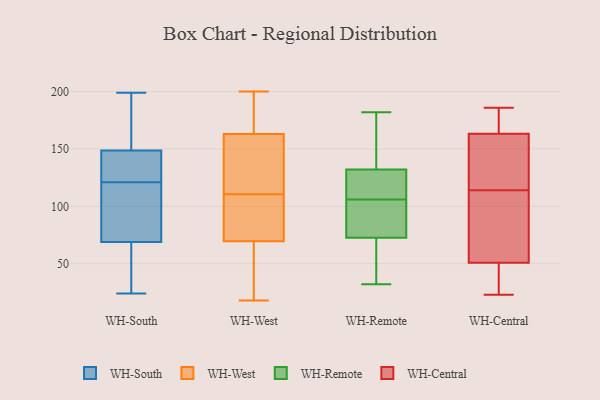
{"axis": {"x": "Demand Index", "y": "Value"}, "legend": ["WH-Central", "WH-Remote", "WH-South", "WH-West"], "data": [{"x": "", "y": 140, "type": "WH-South"}, {"x": "", "y": 99, "type": "WH-South"}, {"x": "", "y": 76, "type": "WH-South"}, {"x": "", "y": 24, "type": "WH-South"}, {"x": "", "y": 48, "type": "WH-South"}, {"x": "", "y": 163, "type": "WH-South"}, {"x": "", "y": 144, "type": "WH-South"}, {"x": "", "y": 87, "type": "WH-South"}, {"x": "", "y": 140, "type": "WH-South"}, {"x": "", "y": 121, "type": "WH-South"}, {"x": "", "y": 199, "type": "WH-South"}, {"x": "", "y": 183, "type": "WH-South"}, {"x": "", "y": 27, "type": "WH-South"}, {"x": "", "y": 189, "type": "WH-West"}, {"x": "", "y": 131, "type": "WH-West"}, {"x": "", "y": 86, "type": "WH-West"}, {"x": "", "y": 75, "type": "WH-West"}, {"x": "", "y": 181, "type": "WH-West"}, {"x": "", "y": 199, "type": "WH-West"}, {"x": "", "y": 64, "type": "WH-West"}, {"x": "", "y": 121, "type": "WH-West"}, {"x": "", "y": 104, "type": "WH-West"}, {"x": "", "y": 164, "type": "WH-West"}, {"x": "", "y": 102, "type": "WH-West"}, {"x": "", "y": 200, "type": "WH-West"}, {"x": "", "y": 117, "type": "WH-West"}, {"x": "", "y": 52, "type": "WH-West"}, {"x": "", "y": 158, "type": "WH-West"}, {"x": "", "y": 36, "type": "WH-West"}, {"x": "", "y": 162, "type": "WH-West"}, {"x": "", "y": 94, "type": "WH-West"}, {"x": "", "y": 18, "type": "WH-West"}, {"x": "", "y": 44, "type": "WH-West"}, {"x": "", "y": 55, "type": "WH-Remote"}, {"x": "", "y": 72, "type": "WH-Remote"}, {"x": "", "y": 171, "type": "WH-Remote"}, {"x": "", "y": 135, "type": "WH-Remote"}, {"x": "", "y": 85, "type": "WH-Remote"}, {"x": "", "y": 105, "type": "WH-Remote"}, {"x": "", "y": 141, "type": "WH-Remote"}, {"x": "", "y": 32, "type": "WH-Remote"}, {"x": "", "y": 106, "type": "WH-Remote"}, {"x": "", "y": 114, "type": "WH-Remote"}, {"x": "", "y": 35, "type": "WH-Remote"}, {"x": "", "y": 106, "type": "WH-Remote"}, {"x": "", "y": 129, "type": "WH-Remote"}, {"x": "", "y": 111, "type": "WH-Remote"}, {"x": "", "y": 182, "type": "WH-Remote"}, {"x": "", "y": 73, "type": "WH-Remote"}, {"x": "", "y": 117, "type": "WH-Central"}, {"x": "", "y": 92, "type": "WH-Central"}, {"x": "", "y": 50, "type": "WH-Central"}, {"x": "", "y": 25, "type": "WH-Central"}, {"x": "", "y": 143, "type": "WH-Central"}, {"x": "", "y": 114, "type": "WH-Central"}, {"x": "", "y": 23, "type": "WH-Central"}, {"x": "", "y": 186, "type": "WH-Central"}, {"x": "", "y": 163, "type": "WH-Central"}, {"x": "", "y": 61, "type": "WH-Central"}, {"x": "", "y": 51, "type": "WH-Central"}, {"x": "", "y": 164, "type": "WH-Central"}, {"x": "", "y": 170, "type": "WH-Central"}]}